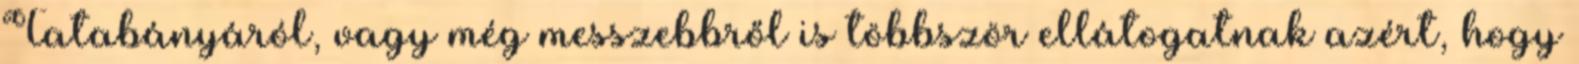
Tatabányáról, vagy még messzebbről is többször ellátogatnak azért, hogy